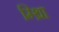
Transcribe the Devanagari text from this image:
म्थ्राि